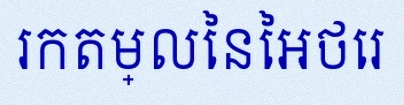
រកតម្លៃនៃអថេរ